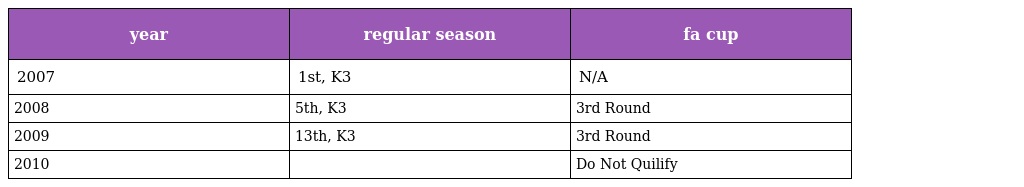
| year | regular season | fa cup |
 | --- | --- | --- |
 | 2007 | 1st, K3 | N/A |
 | 2008 | 5th, K3 | 3rd Round |
 | 2009 | 13th, K3 | 3rd Round |
 | 2010 |  | Do Not Quilify |